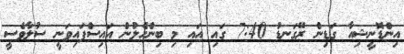
އިންޑޮނީޝިއާ ގަޑިން ރޭގަނޑު 7:40 ގައި އައި މި ބިންހެލުން އައިސްފައިވަނީ ސުލާވެސީ